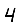
Digit: 4